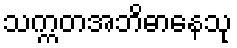
သက္ကတအဘိဓာနေသု